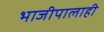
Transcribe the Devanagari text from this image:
भाजीपालाही